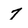
Character: 7